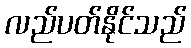
လည်ပတ်နိုင်သည်